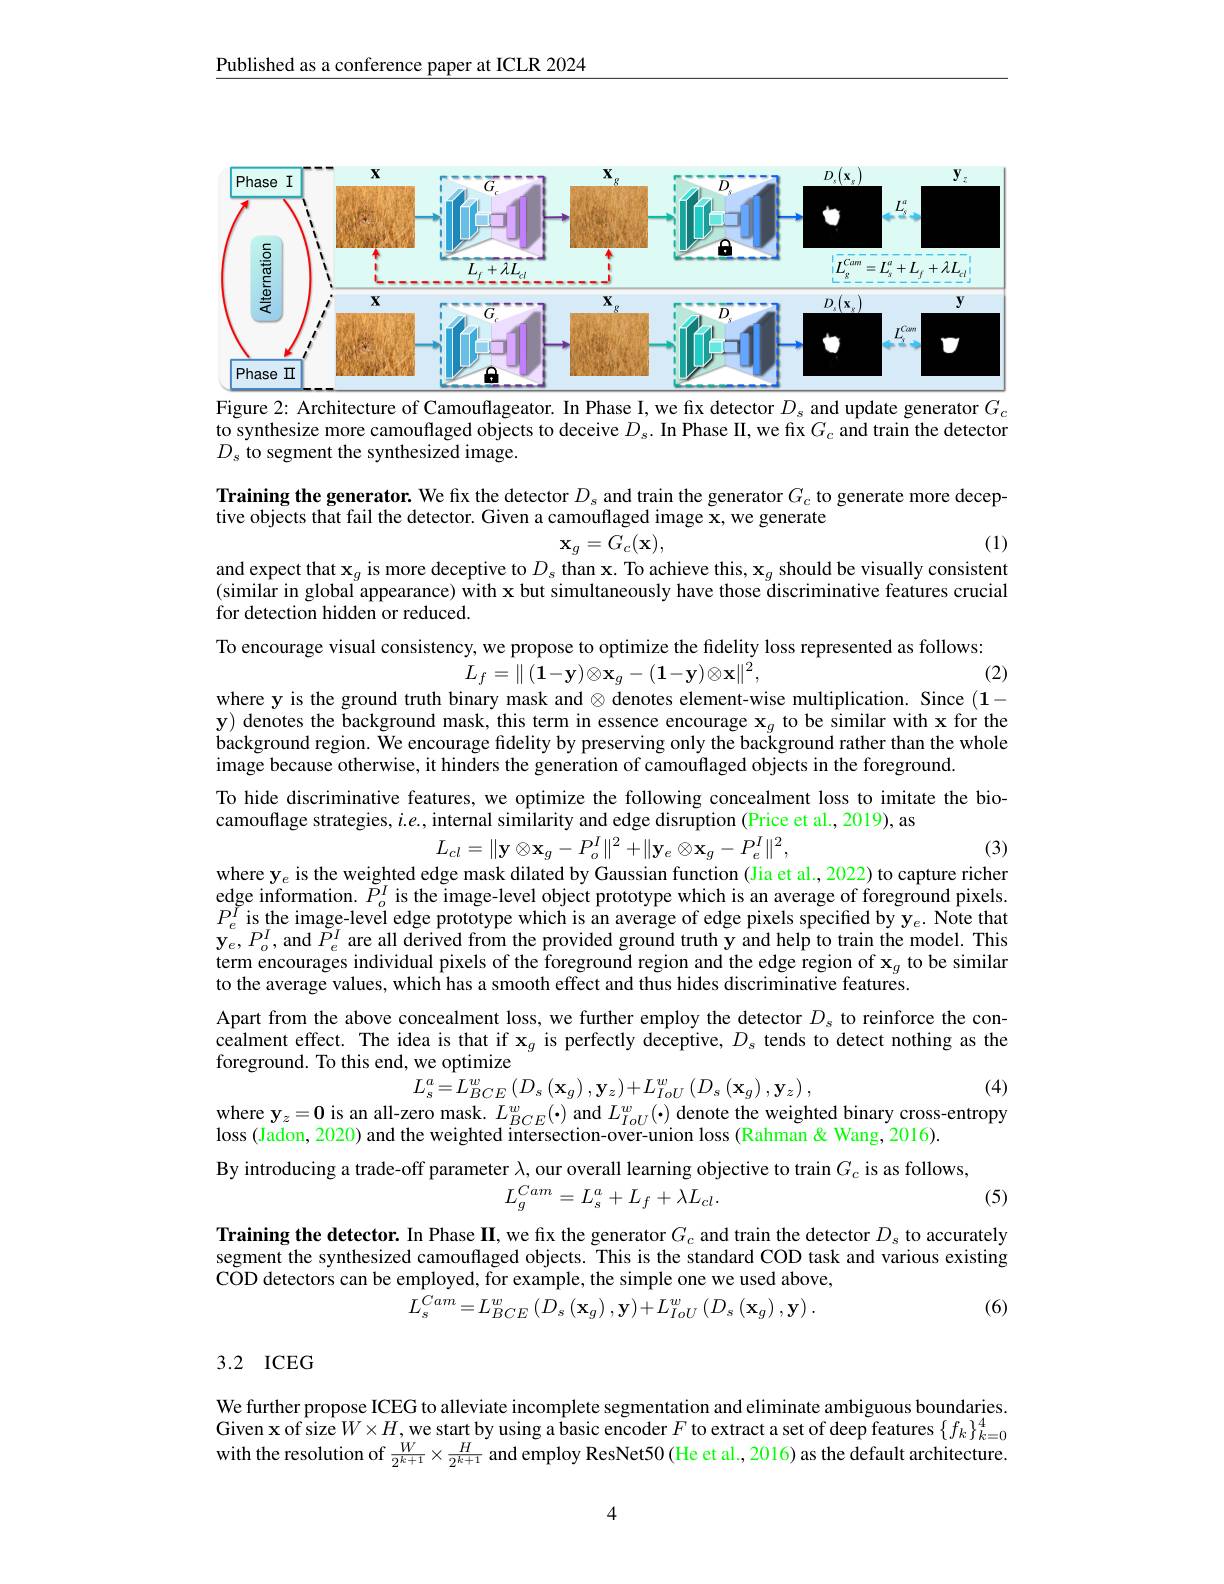
Published as a conference paper at ICLR 2024

<FigureHere>
Figure 2: Architecture of Camouflageator. In Phase I, we fix detector $D_{\mathrm{s}}$ and update generator $G_{\mathrm{c}}$

to synthesize more camouflaged objects to deceive $D_s.$ In Phase II, we fix $G_c$ and train the detector
$D_{s}$ to segment the synthesized image.

Training the generator. We fix the detector $D_s$ and train the generator $G_c$ to generate more decep-

(1)

tive objects that fail the detector. Given a camouflaged image $\mathbf{x}$,we generate
$\mathbf{x}_{g}=G_{c}(\mathbf{x})$,
and expect that $\mathbf{x}_g$ is more deceptive to $D_s$ than $\mathbf{x}.$ To achieve this, $\mathbf{x}_g$ should be visually consistent

$(\hat{\text{similar in global appearance) with x but simultaneously have those discriminative features crucial}}$
for detection hidden or reduced.
To encourage visual consistency, we propose to optimize the fidelity loss represented as follows:

(2)
$$L_{f}=\|(\mathbf{1}-\mathbf{y})\otimes\mathbf{x}_{g}-(\mathbf{1}-\mathbf{y})\otimes\mathbf{x}\|^{2},$$
where y is the ground truth binary mask and $\otimes$ denotes element-wise multiplication. Since (1-

$\mathbf{y})$ denotes the background mask, this term in essence encourage $\mathbf{x}_g$ to be similar with x for the background region. We encourage fidelity by preserving only the background rather than the whole image because otherwise, it hinders the generation of camouflaged objects in the foreground.
To hide discriminative features, we optimize the following concealment loss to imitate the bio-
camouflage strategies, $i. e. $,internal similarity andedgedisruption( Price et al. ,2019),as
$$L_{cl}=\|\mathbf{y}\otimes\mathbf{x}_{g}-P_{o}^{I}\|^{2}+\|\mathbf{y}_{e}\otimes\mathbf{x}_{g}-P_{e}^{I}\|^{2},$$
(3)

where y$_e$ is the weighted edge mask dilated by Gaussian function (Jia et al., 2022) to capture richer edge information. $\tilde{P}_o^I$ is the image-level object prototype which is an average of foreground pixels. $P_{e}^{\breve{I}}$is the image-level edge prototype which is an average of edge pixels specified by $\mathbf{y}_{e}.$ Note that $\mathbf{y}_{e}^{e},P_{o}^{I}$,and $\breve{P}_{e}^{I}$ are all derived from the provided ground truth y and help to train the model. This term encourages individual pixels of the foreground region and the edge region of $\mathbf{x}_g$ to be similar to the average values, which has a smooth effect and thus hides discriminative features.
Apart from the above concealment loss, we further employ the detector $D_s$ to reinforce the concealment effect. The idea is that if x$_g$ is perfectly deceptive, $D_s$ tends to detect nothing as the foreground. To this end, we optimize
$$L_{s}^{a}=L_{BCE}^{w}\left(D_{s}\left(\mathbf{x}_{g}\right),\mathbf{y}_{z}\right)+L_{IoU}^{w}\left(D_{s}\left(\mathbf{x}_{g}\right),\mathbf{y}_{z}\right),$$
(4)
where $\mathbf{y}_z=\mathbf{0}$ is an all-zero mask. $L_{BCE}^w(\cdot)$ and $L_{IoU}^w(\cdot)$ denote the weighted binary cross-entropy

loss ( Jadon, 2020) and the weighted intersection- over- union loss ( Rahman Wang, 2016) .

By introducing a trade-off parameter $\lambda$, our overall learning objective to train $G_c$ is as follows,
$$L_{g}^{Cam}=L_{s}^{a}+L_{f}+\lambda L_{cl}.$$
(5)

Training the detector. In Phase II, we fıx the generator $G_{c}$ and train the detector $D_{s}$ to accurately segment the synthesized camouflaged objects. This is the standard COD task and various existing COD detectors can be employed, for example, the simple one we used above,
$$L_{s}^{Cam}=L_{BCE}^{w}\left(D_{s}\left(\mathbf{x}_{g}\right),\mathbf{y}\right)+L_{IoU}^{w}\left(D_{s}\left(\mathbf{x}_{g}\right),\mathbf{y}\right).$$
(6)

## 3.2 ICEG

We further propose ICEG to alleviate incomplete segmentation and eliminate ambiguous boundaries. Given x of size $W\times H$,we start by using a basic encoder $F$ to extract a set of deep features $\{f_k\}_k=0^4$ with the resolution of $\frac W{2^{k+1}}\times\frac H{2^{k+1}}$ and employ ResNet50(He et al., 2016) as the default architecture.